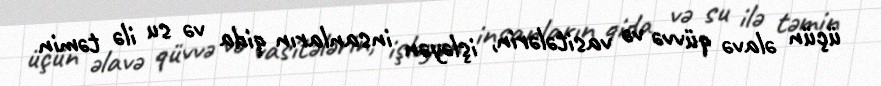
üçün əlavə qüvvə və vasitələrin, işləyən insanların qida və su ilə təmin